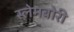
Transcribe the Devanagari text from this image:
स्‍लेमबोरी